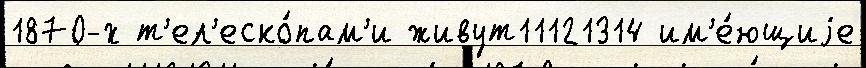
1870-х т'ел'еско́пам'и живут11121314 им'е́ющиjе